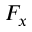
F _ { x }